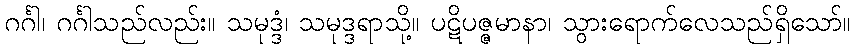
ဂင်္ဂါ၊ ဂင်္ဂါသည်လည်း။ သမုဒ္ဒံ၊ သမုဒ္ဒရာသို့။ ပဋိပဇ္ဇမာနာ၊ သွားရောက်လေသည်ရှိသော်။